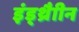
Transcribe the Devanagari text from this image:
इंड्थ्रैाीन